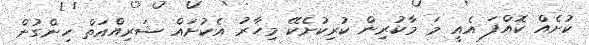
ކުށެއް ކޮއްފަ އެއީ މަ މާކުރިން ކުރިކުށެކޭ މިހާރު އެކުށައް ޝަރިއްއަތް ހިންގުން